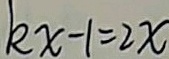
k x - 1 = 2 x